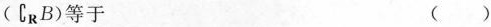
(\complement_{R} B)等于 ( )